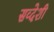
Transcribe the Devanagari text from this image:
सव्देशी